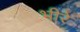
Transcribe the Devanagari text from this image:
भीरे